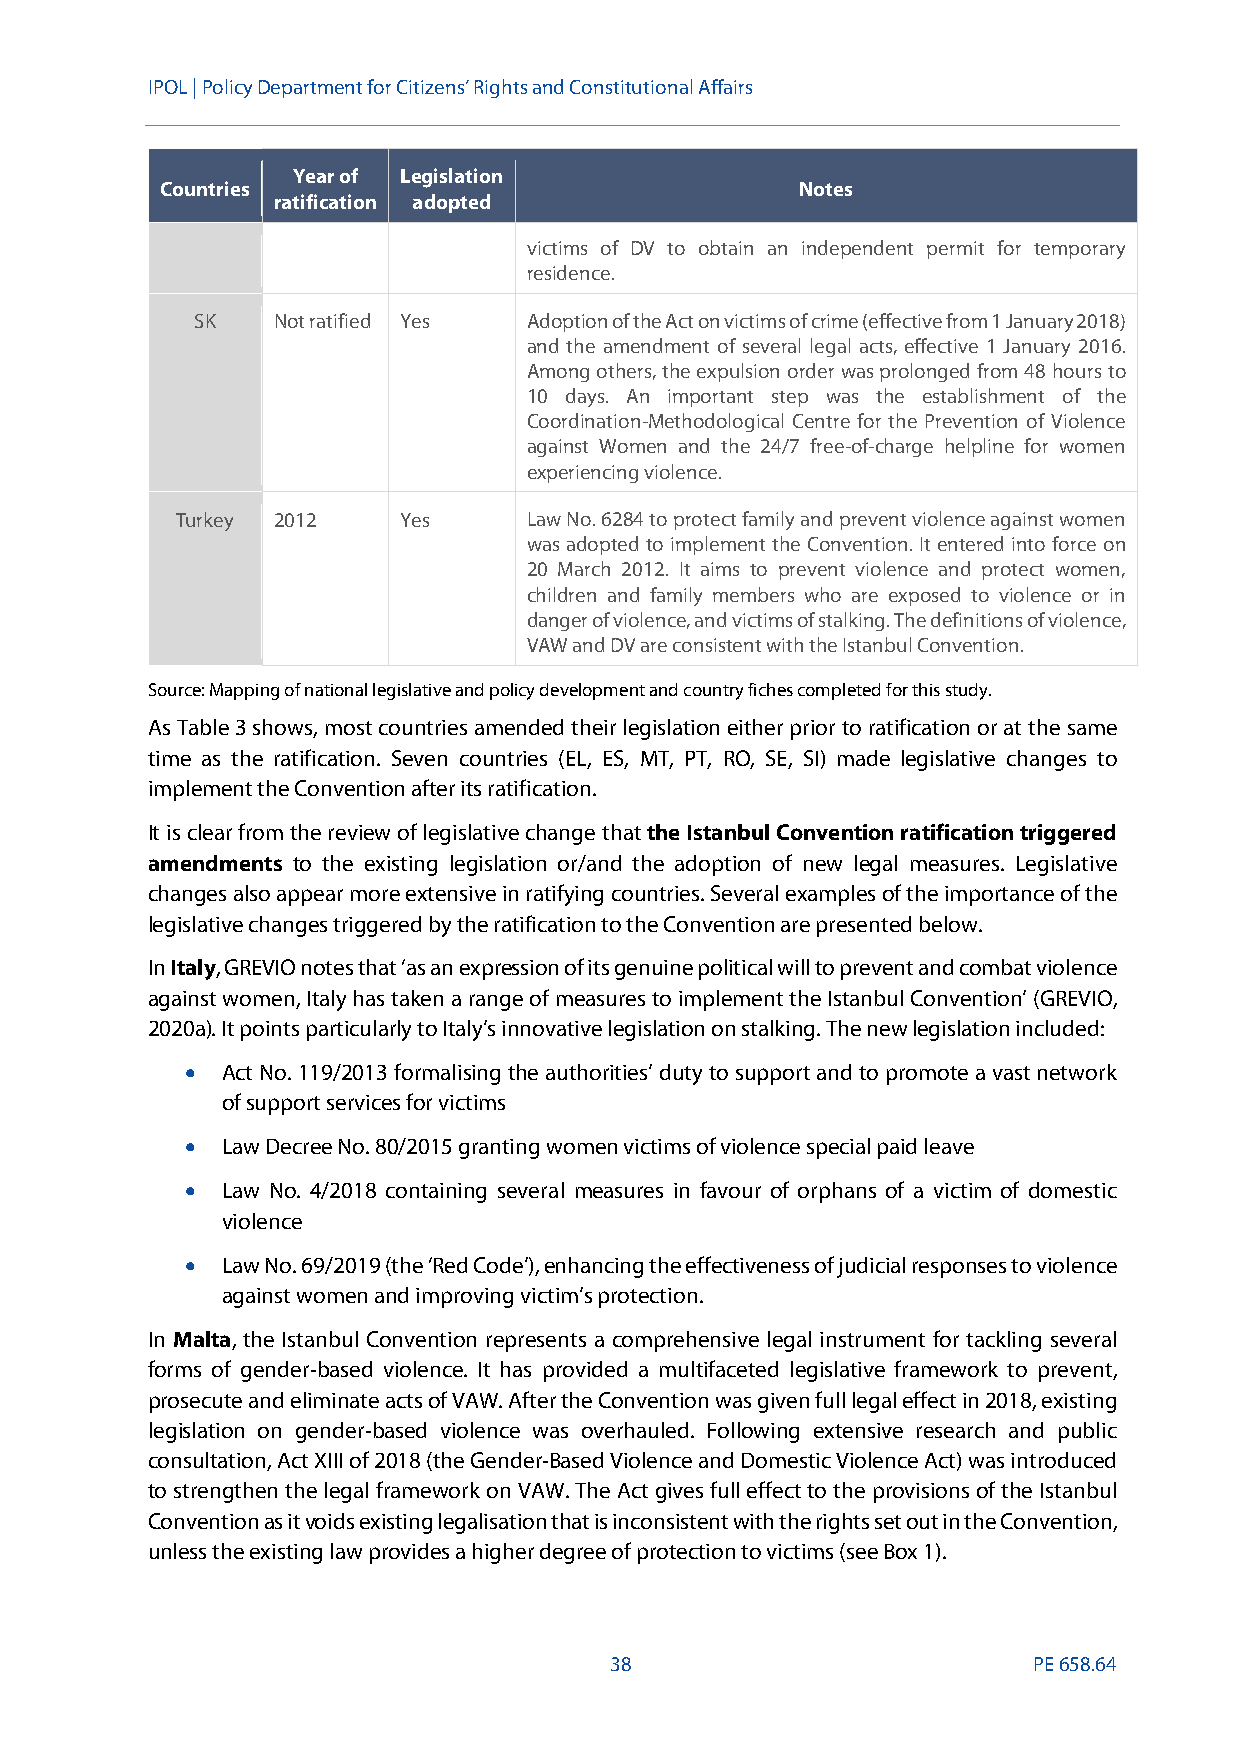
IPOL |Policy Department for Citizens’ Rights and Constitutional Affairs
 Year of Legislation
 Countries                                 Notes
 ratification adopted
 victims of DV to obtain an independent permit for temporary
 residence.
 SK   Not ratified Yes Adoption of the Act on victims of crime (effective from 1 January 2018)
 and the amendment of several legal acts, effective 1 January 2016.
 Among others, the expulsion order was prolonged from 48 hours to
 10 days. An important step was the establishment of the
 Coordination-Methodological Centre for the Prevention of Violence
 against Women and the 24/7 free-of-charge helpline for women
 experiencing violence.
 Turkey 2012   Yes      Law No. 6284 to protect family and prevent violence against women
 was adopted to implement the Convention. It entered into force on
 20 March 2012. It aims to prevent violence and protect women,
 children and family members who are exposed to violence or in
 danger of violence, and victims of stalking. The definitions of violence,
 VAW and DV are consistent with the Istanbul Convention.
 Source: Mappingof national legislative and policy development and country fiches completed for this study.
 As Table 3 shows, most countries amended their legislation either prior to ratification or at the same
 time as the ratification. Seven countries (EL, ES, MT, PT, RO, SE, SI) made legislative changes to
 implement the Convention after its ratification.
 It is clear from the review of legislative change thatthe Istanbul Convention ratification triggered
 amendments to the existing legislation or/and the adoption of new legal measures. Legislative
 changes also appear more extensive in ratifying countries. Several examples of the importance of the
 legislative changes triggered by the ratification to the Convention are presented below.
 InItaly, GREVIO notes that ‘as an expression of its genuine political will to prevent and combat violence
 against women, Italy has taken a range of measures to implement the Istanbul Convention’ (GREVIO,
 2020a). It points particularly to Italy’s innovative legislation on stalking. The newlegislation included:
   Act No. 119/2013 formalisingthe authorities’ duty to support and to promote a vast network
 of support services for victims
   Law Decree No. 80/2015 granting women victims of violence special paid leave
   Law No. 4/2018 containing several measures in favour of orphans of a victim of domestic
 violence
   Law No. 69/2019(the‘Red Code’),enhancing the effectiveness of judicial responses to violence
 against women and improving victim’s protection.
 In Malta, the Istanbul Convention represents a comprehensive legal instrument for tackling several
 forms of gender-based violence. It has provided a multifaceted legislative framework to prevent,
 prosecute and eliminate acts of VAW. After the Convention was given full legal effect in 2018, existing
 legislation on gender-based violence was overhauled. Following extensive research and public
 consultation, Act XIII of 2018 (the Gender-Based Violence and Domestic Violence Act) was introduced
 to strengthen the legal framework on VAW.The Actgives full effect to the provisions of the Istanbul
 Conventionas itvoids existing legalisation that is inconsistent with the rights set out in the Convention,
 unless the existing law provides a higher degree of protection to victims (see Box 1).
 38                          PE658.64